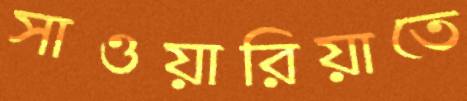
সাওয়ারিয়াতে